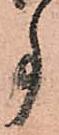
事